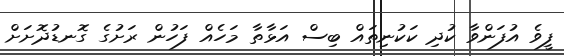
ފީވެ އުފަންވާ ކުދި ކަކުނިތައް ބިސް އަޅާތާ މަހެއް ފަހުން ރަށުގެ ގޮނޑުދޮށަށް